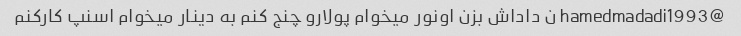
@hamedmadadi1993 ن داداش بزن اونور میخوام پولارو چنج کنم به دینار میخوام اسنپ کارکنم